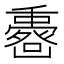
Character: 𠚟